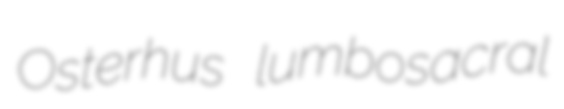
Osterhus lumbosacral